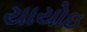
યાયોઇ